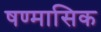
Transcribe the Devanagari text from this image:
षण्मासिक